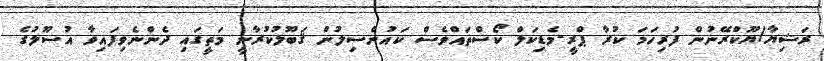
ރަޝިޔާ/ޔޫކްރޭނުން ފުރިހަމަ ކުރާ ޕްރީ-މެޑިކަލް ކޯސްތައްވެސް ކައުންސިލުން ޤަބޫލުކުރާނީ މަތީގައި ދެންނެވިފައިވާ އުސޫލުގެ